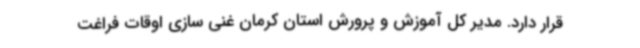
قرار دارد. مدیر کل آموزش و پرورش استان کرمان غنی سازی اوقات فراغت